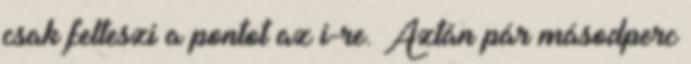
csak felteszi a pontot az i-re. Aztán pár másodperc